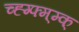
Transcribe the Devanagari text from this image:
च्ह्ग्फ्म्म्क्